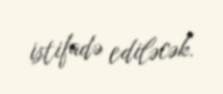
istifadə ediləcək.